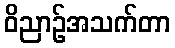
ဝိညာဉ်အသက်တာ